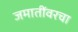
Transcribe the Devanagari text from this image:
जमातींवरचा